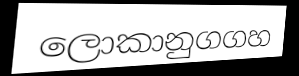
ලොකානුගගහ